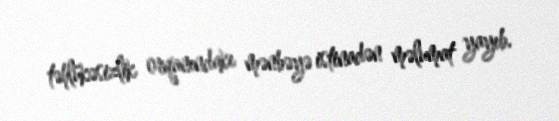
təhlükəsizlik orqanındakı mənbəyə istinadən məlumat yayıb.